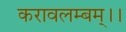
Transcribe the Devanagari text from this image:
करावलम्बम्।।